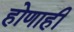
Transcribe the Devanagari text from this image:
होणाही